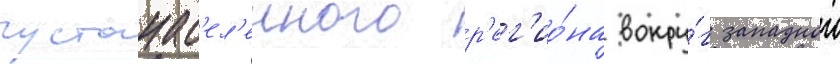
густонас'ел'енного р'ег'ио́на вокру́г западнои